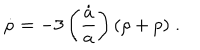
LaTeX: \dot { \rho } = - 3 \left( { \frac { \dot { a } } { a } } \right) ( \rho + p ) \; .